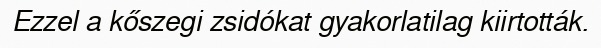
Ezzel a kőszegi zsidókat gyakorlatilag kiirtották.